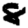
Digit: 8